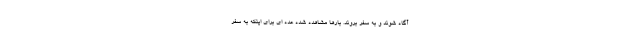
آگاه شوند و به سفر بروند. بارها مشاهده شده عده ای برای اینکه به سفر